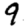
Digit: 9